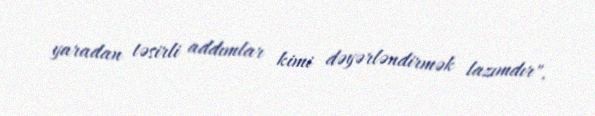
yaradan təsirli addımlar kimi dəyərləndirmək lazımdır".